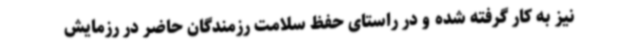
نیز به کار گرفته شده و در راستای حفظ سلامت رزمندگان حاضر در رزمایش